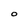
Character: 0